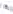
אות: ת